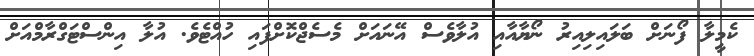
ކެމީލާ ފޯނަށް ބަލައިލިއިރު ނޯޔާއާއި އުލާވެސް އޭނައަށް މެސެޖްކޮށްފައި ހުއްޓެވެ. އުލާ އިންސްޓަގްރާމްއަށް